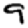
Digit: 9